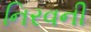
નિરવની